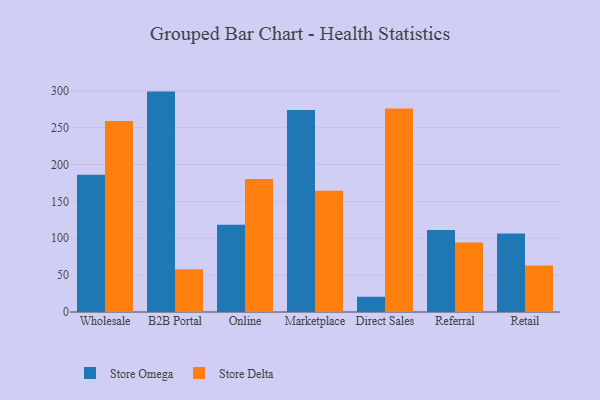
{"axis": {"x": "Channel", "y": "Conversion Rate (%)"}, "legend": ["Store Delta", "Store Omega"], "data": [{"x": "Wholesale", "y": 186.1, "type": "Store Omega"}, {"x": "Wholesale", "y": 259.2, "type": "Store Delta"}, {"x": "B2B Portal", "y": 299.0, "type": "Store Omega"}, {"x": "B2B Portal", "y": 57.9, "type": "Store Delta"}, {"x": "Online", "y": 118.3, "type": "Store Omega"}, {"x": "Online", "y": 180.3, "type": "Store Delta"}, {"x": "Marketplace", "y": 274.2, "type": "Store Omega"}, {"x": "Marketplace", "y": 164.4, "type": "Store Delta"}, {"x": "Direct Sales", "y": 20.7, "type": "Store Omega"}, {"x": "Direct Sales", "y": 276.2, "type": "Store Delta"}, {"x": "Referral", "y": 111.3, "type": "Store Omega"}, {"x": "Referral", "y": 94.4, "type": "Store Delta"}, {"x": "Retail", "y": 106.6, "type": "Store Omega"}, {"x": "Retail", "y": 63.0, "type": "Store Delta"}]}